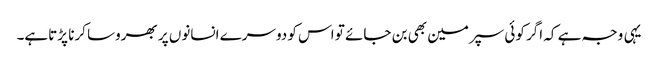
یہی وجہ ہے کہ اگر کوئی سپرمین بھی بن جائے تو اس کو دوسرے انسانوں پر بھروسا کرنا پڑتاہے۔